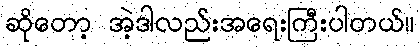
ဆိုတော့ အဲ့ဒါလည်းအရေးကြီးပါတယ်။